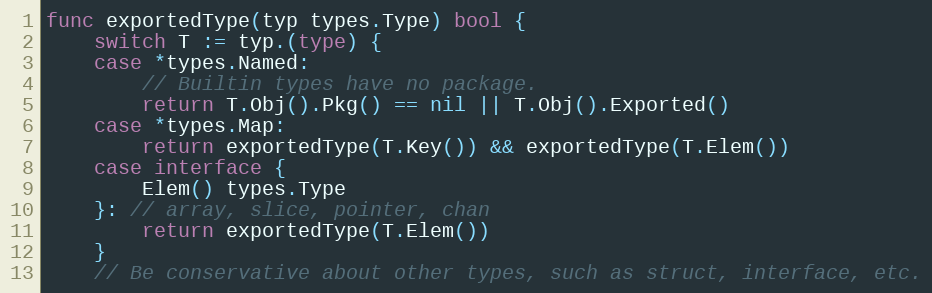
Language: Go
func exportedType(typ types.Type) bool {
	switch T := typ.(type) {
	case *types.Named:
		// Builtin types have no package.
		return T.Obj().Pkg() == nil || T.Obj().Exported()
	case *types.Map:
		return exportedType(T.Key()) && exportedType(T.Elem())
	case interface {
		Elem() types.Type
	}: // array, slice, pointer, chan
		return exportedType(T.Elem())
	}
	// Be conservative about other types, such as struct, interface, etc.